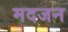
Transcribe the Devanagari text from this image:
मदजन